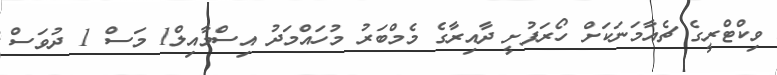
ވިކްޓްރީގެ ޗެއާމަނަކަށް ހޯރަފުށީ ދާއިރާގެ މެމްބަރު މުހައްމަދު އިސްމާއިލް1 މަސް 1 ދުވަސް